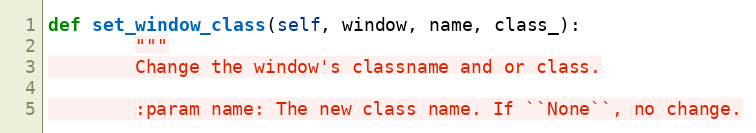
Language: Python
def set_window_class(self, window, name, class_):
        """
        Change the window's classname and or class.

        :param name: The new class name. If ``None``, no change.